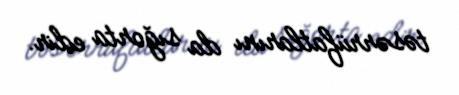
təsərrüfatlarını da sığorta edir.